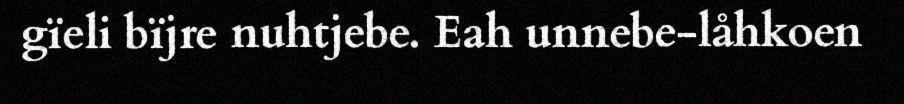
gïeli bïjre nuhtjebe. Eah unnebe-låhkoen